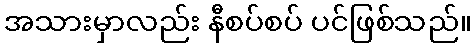
အသားမှာလည်း နီစပ်စပ် ပင်ဖြစ်သည်။